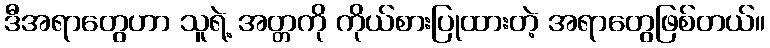
ဒီအရာတွေဟာ သူရဲ့ အတ္တကို ကိုယ်စားပြုထားတဲ့ အရာတွေဖြစ်တယ်။